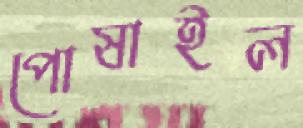
পোষাইল